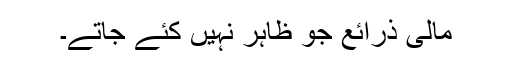
مالی ذرائع جو ظاہر نہیں کئے جاتے۔